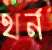
থর্ন